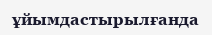
ұйымдастырылғанда